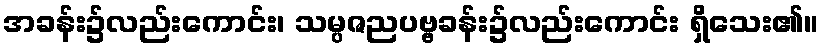
အခန်း၌လည်းကောင်း၊ သမ္ပဇညပဗ္ဗခန်း၌လည်းကောင်း ရှိသေး၏။